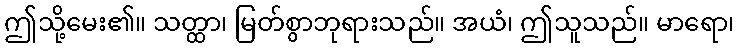
ဤသို့မေး၏။ သတ္ထာ၊ မြတ်စွာဘုရားသည်။ အယံ၊ ဤသူသည်။ မာရော၊